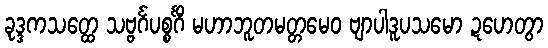
ခုဒ္ဒကသတ္ထေ သဗ္ဗင်္ဂပစ္စင်္ဂိံ မဟာဘူတမတ္တမေဝ ဗျာပါဒူပသမော ဍဟေတွာ